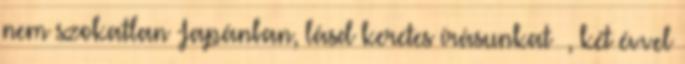
nem szokatlan Japánban, lásd keretes írásunkat –, két évvel